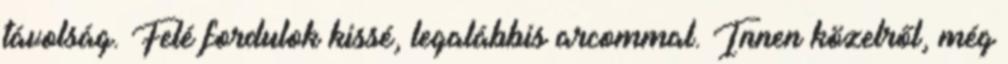
távolság. Felé fordulok kissé, legalábbis arcommal. Innen közelről, még